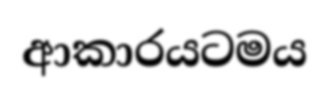
ආකාරයටමය